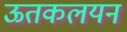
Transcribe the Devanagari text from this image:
ऊतकलयन